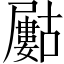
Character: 𡳰